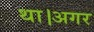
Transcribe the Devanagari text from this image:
था।अगर